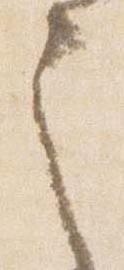
之